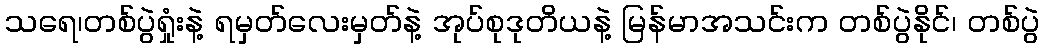
သရေ၊တစ်ပွဲရှုံးနဲ့ ရမှတ်လေးမှတ်နဲ့ အုပ်စုဒုတိယနဲ့ မြန်မာအသင်းက တစ်ပွဲနိုင်၊ တစ်ပွဲ